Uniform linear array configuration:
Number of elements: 24
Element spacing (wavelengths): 0.25
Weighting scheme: kaiser
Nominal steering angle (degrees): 0
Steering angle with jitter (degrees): -1.514
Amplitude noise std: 0.05
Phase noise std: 0.05

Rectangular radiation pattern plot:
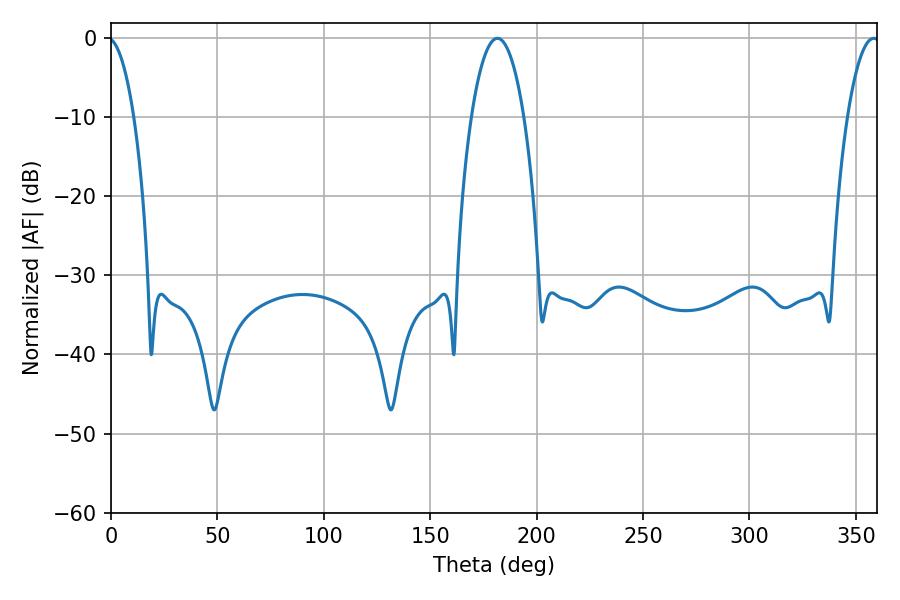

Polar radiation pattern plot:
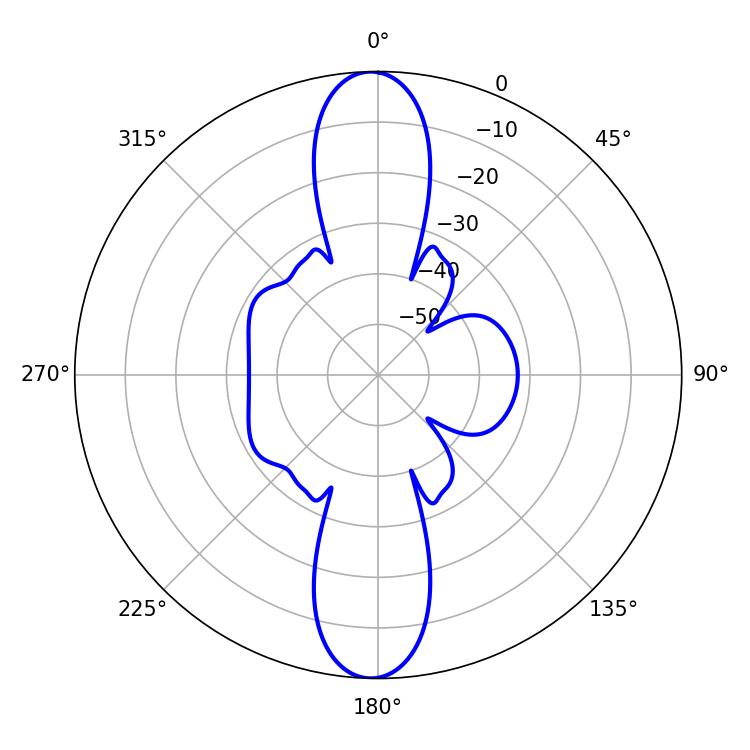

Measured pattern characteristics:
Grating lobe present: FALSE
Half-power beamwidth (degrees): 8.46
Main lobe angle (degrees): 358.38